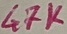
Text: 47K